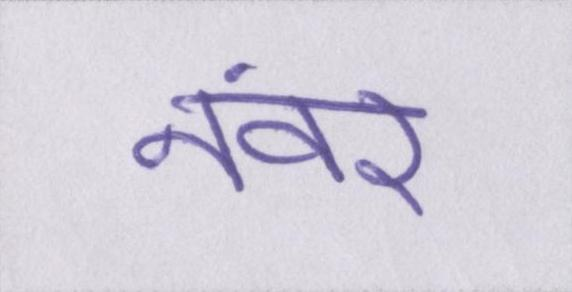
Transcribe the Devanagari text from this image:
नंवर